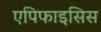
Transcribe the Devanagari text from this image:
एपिफाइसिस